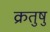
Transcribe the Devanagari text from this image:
क्रतुषु